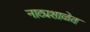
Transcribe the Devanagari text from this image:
नाट्यशाळेत